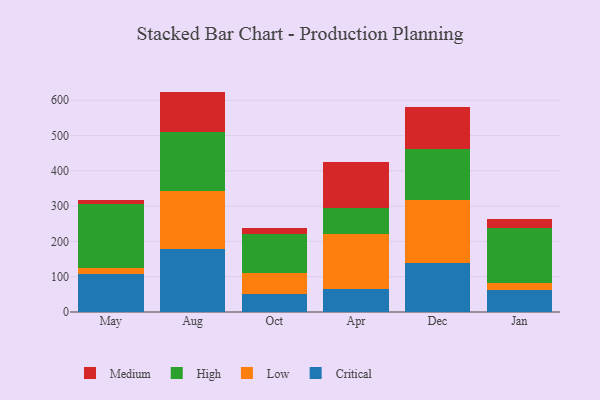
{"axis": {"x": "Month", "y": "LTV (USD)"}, "legend": ["Critical", "High", "Low", "Medium"], "data": [{"x": "May", "y": 106.9, "type": "Critical"}, {"x": "May", "y": 18.8, "type": "Low"}, {"x": "May", "y": 179.8, "type": "High"}, {"x": "May", "y": 12.4, "type": "Medium"}, {"x": "Aug", "y": 179.8, "type": "Critical"}, {"x": "Aug", "y": 163.6, "type": "Low"}, {"x": "Aug", "y": 166.7, "type": "High"}, {"x": "Aug", "y": 114.4, "type": "Medium"}, {"x": "Oct", "y": 50.8, "type": "Critical"}, {"x": "Oct", "y": 59.7, "type": "Low"}, {"x": "Oct", "y": 111.4, "type": "High"}, {"x": "Oct", "y": 17.0, "type": "Medium"}, {"x": "Apr", "y": 65.4, "type": "Critical"}, {"x": "Apr", "y": 155.0, "type": "Low"}, {"x": "Apr", "y": 74.4, "type": "High"}, {"x": "Apr", "y": 131.1, "type": "Medium"}, {"x": "Dec", "y": 137.7, "type": "Critical"}, {"x": "Dec", "y": 179.0, "type": "Low"}, {"x": "Dec", "y": 145.5, "type": "High"}, {"x": "Dec", "y": 119.0, "type": "Medium"}, {"x": "Jan", "y": 61.9, "type": "Critical"}, {"x": "Jan", "y": 20.4, "type": "Low"}, {"x": "Jan", "y": 156.9, "type": "High"}, {"x": "Jan", "y": 25.6, "type": "Medium"}]}